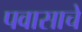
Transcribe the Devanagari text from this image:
पवासाचे